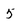
Character: 5